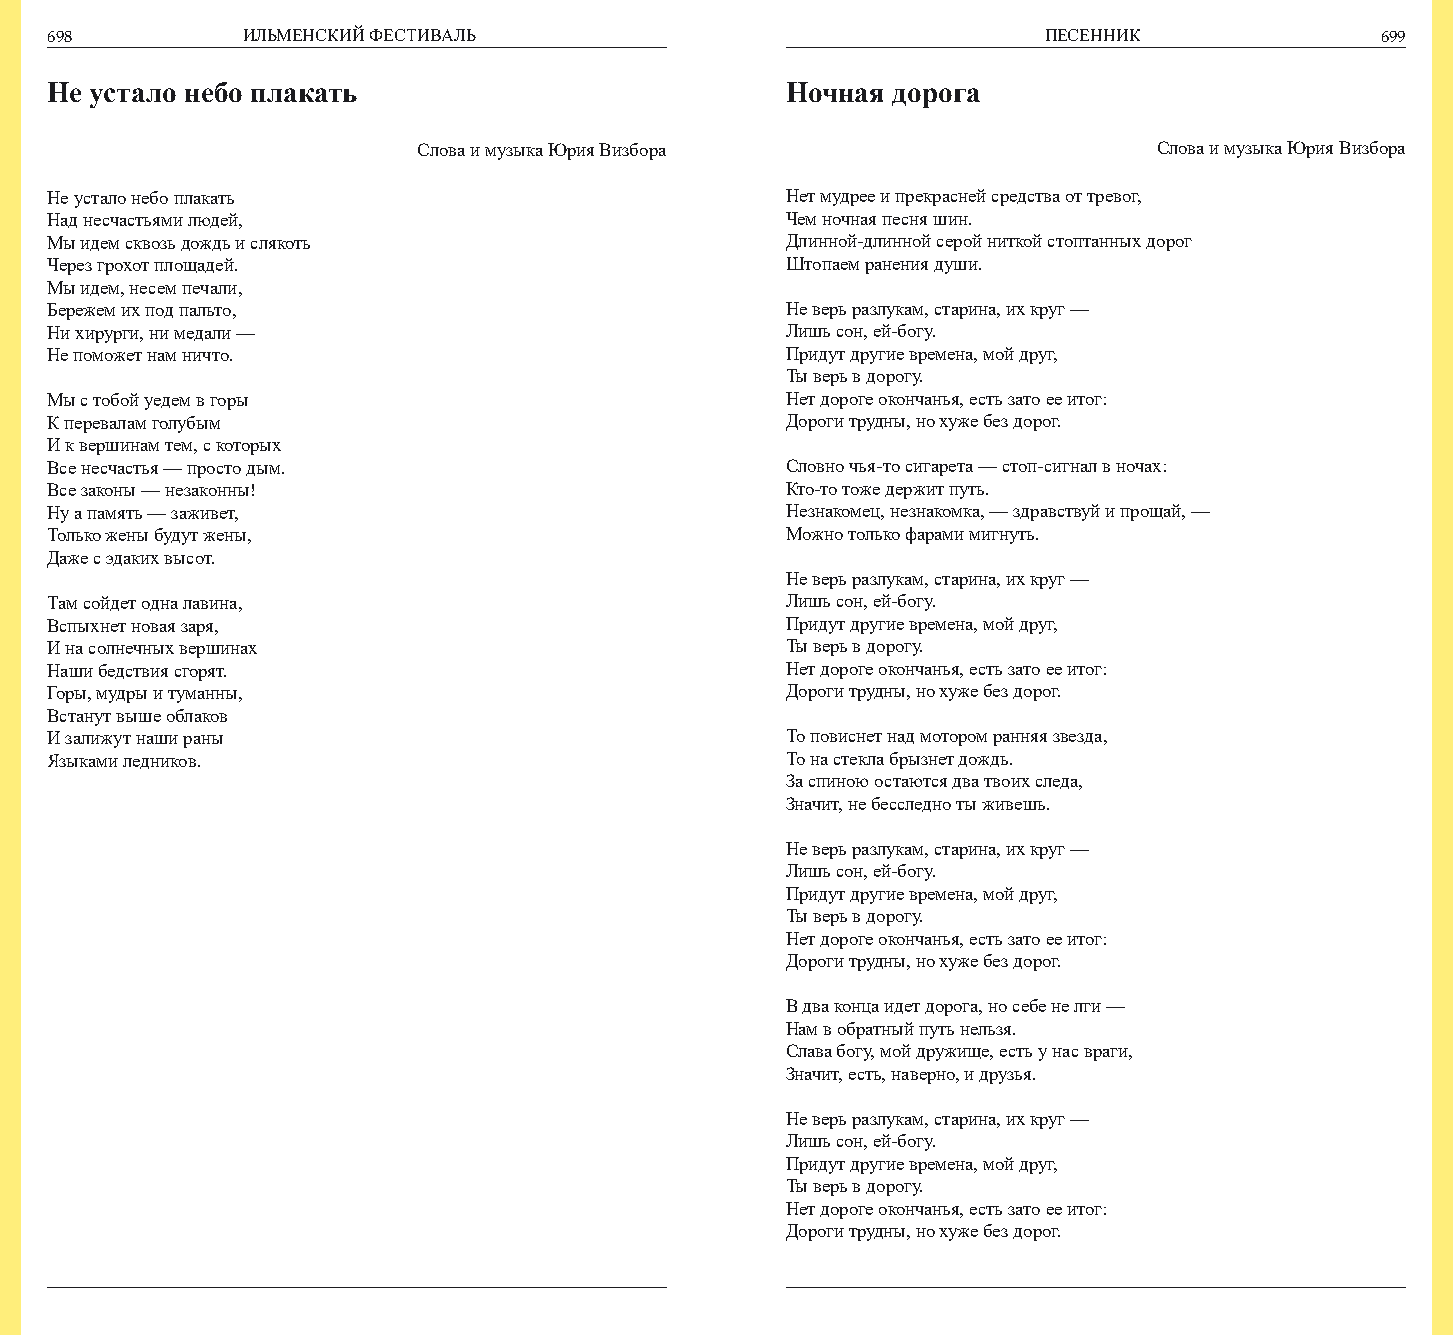
698          ИЛЬМЕНСКИЙ ФЕСТИВАЛЬ                                 ПЕСЕННИК              699
 Не устало небо плакать                           Ночная дорога
 Слова и музыка Юрия Визбора                      Слова и музыка Юрия Визбора
 Не устало небо плакать                           Нет мудрее и прекрасней средства от тревог,
 Над несчастьями людей,                           Чем ночная песня шин.
 Мы идем сквозь дождь и слякоть                   Длинной-длинной серой ниткой стоптанных дорог
 Через грохот площадей.                           Штопаем ранения души.
 Мы идем, несем печали,
 Бережем их под пальто,                           Не верь разлукам, старина, их круг —
 Ни хирурги, ни медали —                          Лишь сон, ей-богу.
 Не поможет нам ничто.                            Придут другие времена, мой друг,
 Ты верь в дорогу.
 Мы с тобой уедем в горы                          Нет дороге окончанья, есть зато ее итог:
 К перевалам голубым                              Дороги трудны, но хуже без дорог.
 И к вершинам тем, с которых
 Все несчастья — просто дым.                      Словно чья-то сигарета — стоп-сигнал в ночах:
 Все законы — незаконны!                          Кто-то тоже держит путь.
 Ну а память — заживет,                           Незнакомец, незнакомка, — здравствуй и прощай, —
 Только жены будут жены,                          Можно только фарами мигнуть.
 Даже с эдаких высот.
 Не верь разлукам, старина, их круг —
 Там сойдет одна лавина,                          Лишь сон, ей-богу.
 Вспыхнет новая заря,                             Придут другие времена, мой друг,
 И на солнечных вершинах                          Ты верь в дорогу.
 Наши бедствия сгорят.                            Нет дороге окончанья, есть зато ее итог:
 Горы, мудры и туманны,                           Дороги трудны, но хуже без дорог.
 Встанут выше облаков
 И залижут наши раны                              То повиснет над мотором ранняя звезда,
 Языками ледников.                                То на стекла брызнет дождь.
 За спиною остаются два твоих следа,
 Значит, не бесследно ты живешь.
 Не верь разлукам, старина, их круг —
 Лишь сон, ей-богу.
 Придут другие времена, мой друг,
 Ты верь в дорогу.
 Нет дороге окончанья, есть зато ее итог:
 Дороги трудны, но хуже без дорог.
 В два конца идет дорога, но себе не лги —
 Нам в обратный путь нельзя.
 Слава богу, мой дружище, есть у нас враги,
 Значит, есть, наверно, и друзья.
 Не верь разлукам, старина, их круг —
 Лишь сон, ей-богу.
 Придут другие времена, мой друг,
 Ты верь в дорогу.
 Нет дороге окончанья, есть зато ее итог:
 Дороги трудны, но хуже без дорог.